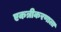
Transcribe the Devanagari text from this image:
एकत्रीकरणाला